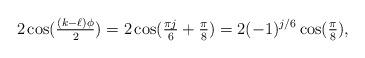
LaTeX: \begin{align*}2\cos(\tfrac{(k-\ell)\phi}{2}) = 2\cos(\tfrac{\pi j}{6} + \tfrac{\pi}{8}) = 2 (-1)^{j/6} \cos( \tfrac{\pi}{8}),\end{align*}